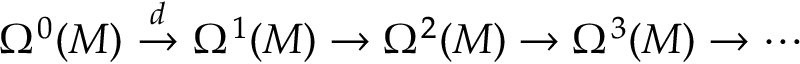
\Omega ^ { 0 } ( M ) \ { \stackrel { d } { \to } } \ \Omega ^ { 1 } ( M ) \to \Omega ^ { 2 } ( M ) \to \Omega ^ { 3 } ( M ) \to \cdots